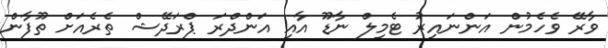
ވާރޭ ވެހެމުން އަންނައިރު ޓެމިލް ނާޑޫ އާއި އަންދްރަ ޕްރަދޭޝް ތެރެއަށް ތޫފާން